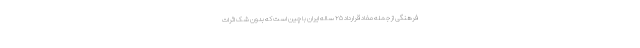
فرهنگی از جمله مفاد قرارداد ۲۵ ساله ایران با چین است که بدون شک اثرات